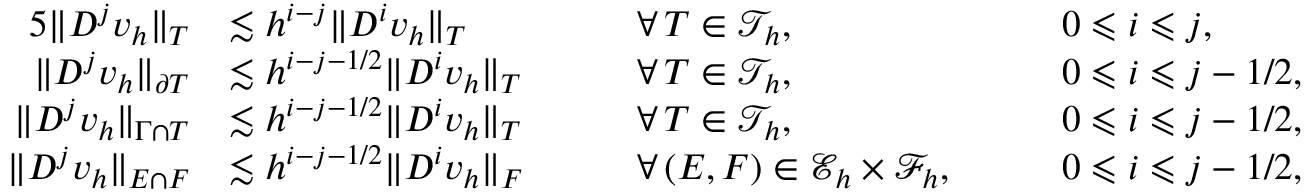
\begin{array} { r l r l r l } { { 5 } \| D ^ { j } v _ { h } \| _ { T } } & { \lesssim h ^ { i - j } \| D ^ { i } v _ { h } \| _ { T } } & & { \quad \forall \, T \in \mathcal { T } _ { h } , } & & { \quad 0 \leqslant i \leqslant j , } \\ { \| D ^ { j } v _ { h } \| _ { \partial T } } & { \lesssim h ^ { i - j - 1 / 2 } \| D ^ { i } v _ { h } \| _ { T } } & & { \quad \forall \, T \in \mathcal { T } _ { h } , } & & { \quad 0 \leqslant i \leqslant j - 1 / 2 , } \\ { \| D ^ { j } v _ { h } \| _ { \Gamma \cap T } } & { \lesssim h ^ { i - j - 1 / 2 } \| D ^ { i } v _ { h } \| _ { T } } & & { \quad \forall \, T \in \mathcal { T } _ { h } , } & & { \quad 0 \leqslant i \leqslant j - 1 / 2 , } \\ { \| D ^ { j } v _ { h } \| _ { E \cap F } } & { \lesssim h ^ { i - j - 1 / 2 } \| D ^ { i } v _ { h } \| _ { F } } & & { \quad \forall \, ( E , F ) \in \mathcal { E } _ { h } \times \mathcal { F } _ { h } , } & & { \quad 0 \leqslant i \leqslant j - 1 / 2 , } \end{array}